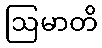
ဩမာတိ